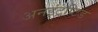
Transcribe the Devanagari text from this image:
अनइंट्रप्टि़ड